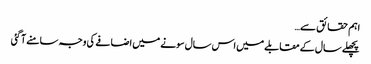
اہم حقائق سے…
پچھلے سال کے مقابلے میں اس سال سونے میں اضافے کی وجہ سامنے آگئی